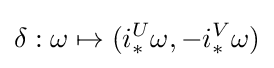
\delta :\omega \mapsto (i_{*}^{U}\omega ,-i_{*}^{V}\omega )